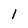
Character: l